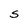
Character: S